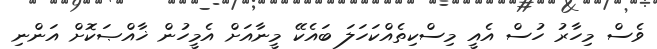
ވެސް މިހާރު ހުސް އެއީ މިސްކިތެއްކަހަލަ ބައެކޭ މީނާއަށް އެމީހުން ޚާއްޞަކޮށް އަންނި